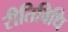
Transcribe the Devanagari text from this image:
रीतिविधि